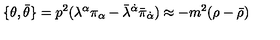
\{ \theta , \bar { \theta } \} = p ^ { 2 } ( \lambda ^ { \alpha } \pi _ { \alpha } - \bar { \lambda } ^ { \dot { \alpha } } \bar { \pi } _ { \dot { \alpha } } ) \approx - m ^ { 2 } ( \rho - \bar { \rho } )